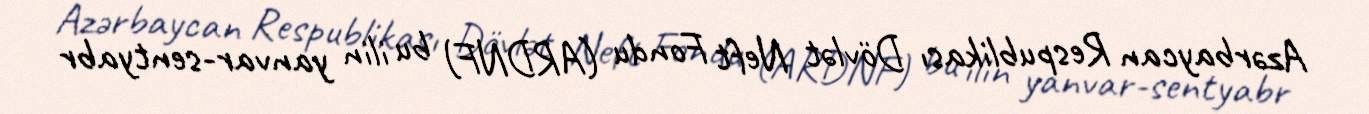
Azərbaycan Respublikası Dövlət Neft Fondu (ARDNF) bu ilin yanvar-sentyabr